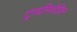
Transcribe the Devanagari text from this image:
ट्रायमिथेप्रिम